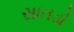
સાતડો